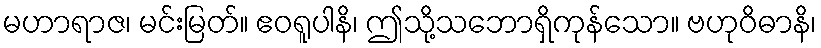
မဟာရာဇ၊ မင်းမြတ်။ ဧဝရူပါနိ၊ ဤသို့သဘောရှိကုန်သော။ ဗဟုဝိဓာနိ၊